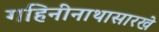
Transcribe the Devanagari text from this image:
गहिनीनाथासारखे